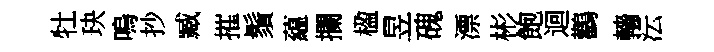
牡玦嗚抄臧摧鬚藴攔楹昱磈漂彬飽迴鸛轖沄